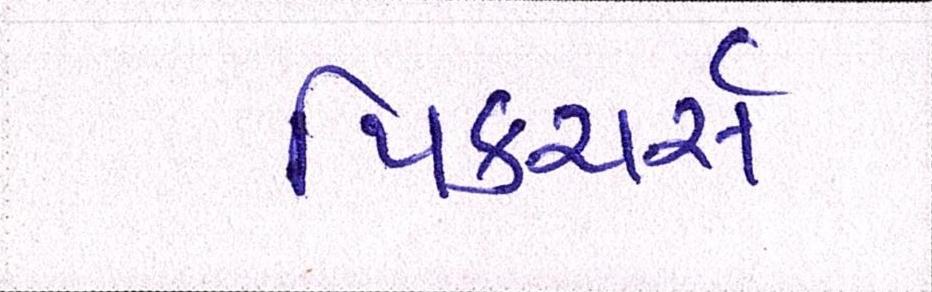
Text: પિક્ચર્સ